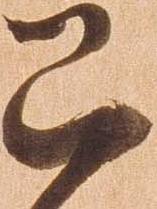
已